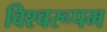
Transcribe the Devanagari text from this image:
विश्‍वरूपम